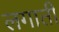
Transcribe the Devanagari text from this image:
लगातीं